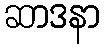
ဆာဒနာ